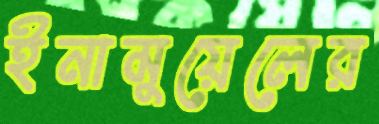
ইনামুয়েলের